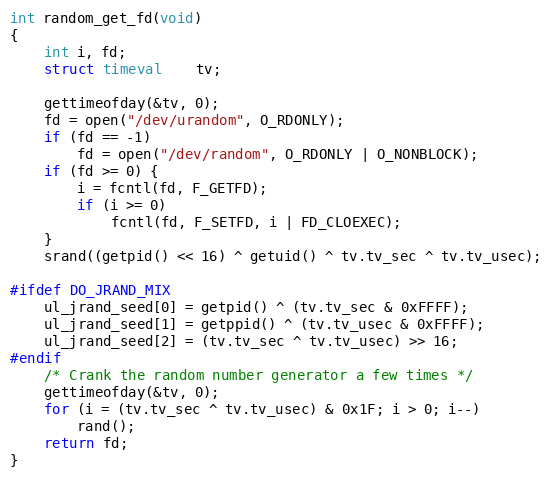
Language: C
int random_get_fd(void)
{
	int i, fd;
	struct timeval	tv;

	gettimeofday(&tv, 0);
	fd = open("/dev/urandom", O_RDONLY);
	if (fd == -1)
		fd = open("/dev/random", O_RDONLY | O_NONBLOCK);
	if (fd >= 0) {
		i = fcntl(fd, F_GETFD);
		if (i >= 0)
			fcntl(fd, F_SETFD, i | FD_CLOEXEC);
	}
	srand((getpid() << 16) ^ getuid() ^ tv.tv_sec ^ tv.tv_usec);

#ifdef DO_JRAND_MIX
	ul_jrand_seed[0] = getpid() ^ (tv.tv_sec & 0xFFFF);
	ul_jrand_seed[1] = getppid() ^ (tv.tv_usec & 0xFFFF);
	ul_jrand_seed[2] = (tv.tv_sec ^ tv.tv_usec) >> 16;
#endif
	/* Crank the random number generator a few times */
	gettimeofday(&tv, 0);
	for (i = (tv.tv_sec ^ tv.tv_usec) & 0x1F; i > 0; i--)
		rand();
	return fd;
}